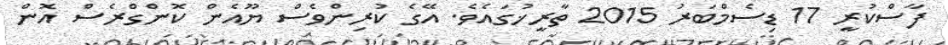
ފާސްކުރީ 17 ޑިސެމްބަރު 2015 ތާރީޚުގައެވެ. އޭގެ ކުރިންވެސް ޔޫއެން ކޮންގްރެސް އޮން